Civil Veterinary Dept. Bombay admin report 1900-1906 - 1900-1906
Year: 1900
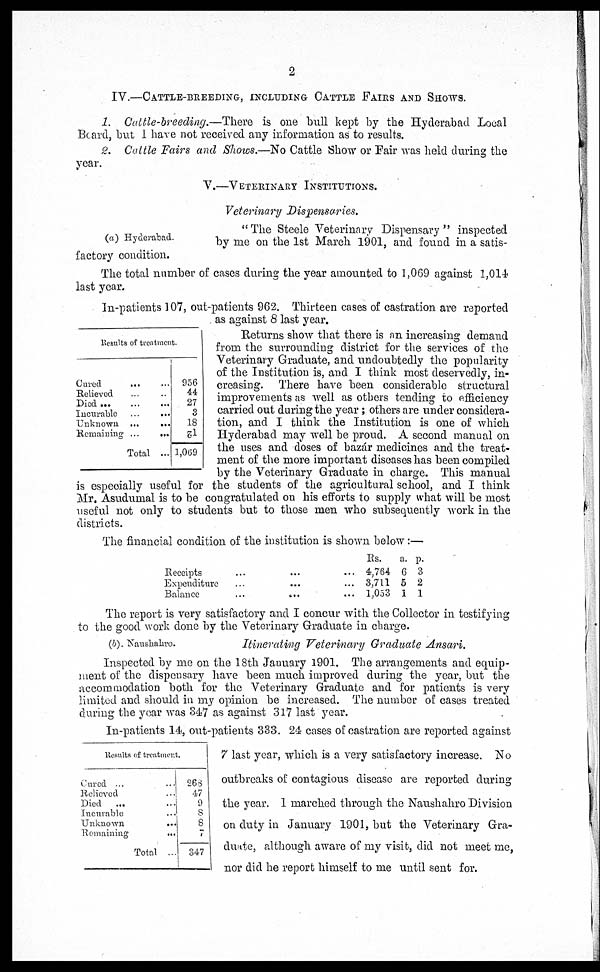
2
IV.—CATTLE-BREEDING, INCLUDING CATTLE FAIRS AND SHOWS.
1. Cattle-breeding.—There is one bull kept by the Hyderabad Local
Board, but I have not received any information as to results.
2. Cattle Fairs and Shows.—No Cattle Show or Fair was held during the
year.
V.—VETERINARY INSTITUTIONS.
Veterinary Dispensaries.
(a) Hyderabad.
"The Steele Veterinary Dispensary" inspected
by me on the 1st March 1901, and found in a satis-
factory condition.
The total number of cases during the year amounted to 1,069 against 1,014
last year.
Results of treatment.
Cured ... ...
Relieved ... ...
Died ... ... ...
Incurable
...
...
Unknown ...
...
Remaining ...
...
Total ...
956
44
27
3
18
21
1,069
In-patients 107, out-patients 962. Thirteen cases of castration are reported
as against 8 last year.
Returns show that there is an increasing demand
from the surrounding district for the services of the
Veterinary Graduate, and undoubtedly the popularity
of the Institution is, and I think most deservedly, in-
creasing. There have been considerable structural
improvements as well as others tending to efficiency
carried out during the year; others are under considera-
tion, and I think the Institution is one of which
Hyderabad may well be proud. A second manual on
the uses and doses of bazár medicines and the treat-
ment of the more important diseases has been compiled
by the Veterinary Graduate in charge. This manual
is especially useful for the students of the agricultural school, and I think
Mr. Asudumal is to be congratulated on his efforts to supply what will be most
useful not only to students but to those men who subsequently work in the
districts.
The financial condition of the institution is shown below:—
Receipts
...
... ...
Expenditure
...
...
...
Balance
...
...
...
Rs.
4,764
3,711
1,053
a.
6
5
1
p.
3
2
1
The report is very satisfactory and I concur with the Collector in testifying
to the good work done by the Veterinary Graduate in charge.
(b). Naushahro.
Itinerating Veterinary Graduate Ansari.
Inspected by me on the 18th January 1901. The arrangements and equip-
ment of the dispensary have been much improved during the year, but the
accommodation both for the Veterinary Graduate and for patients is very
limited and should in my opinion be increased. The number of cases treated
during the year was 347 as against 317 last year.
Results of treatment.
Cured ... ...
Relieved ...
Died
... ...
Incurable ...
Unknown
...
Remaining
...
Total ...
268
47
9
8
8
7
347
In-patients 14, out-patients 333. 24 cases of castration are reported against
7 last year, which is a very satisfactory increase. No
outbreaks of contagious disease are reported during
the year. 1 marched through the Naushahro Division
on duty in January 1901, but the Veterinary Gra-
duate, although aware of my visit, did not meet me,
nor did he report himself to me until sent for.